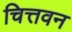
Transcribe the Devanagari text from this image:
चित्तवन